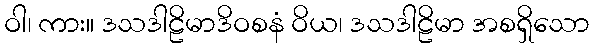
ဝါ၊ ကား။ ဒသဒါဠိမာဒိဝစနံ ဝိယ၊ ဒသဒါဠိမာ အစရှိသော